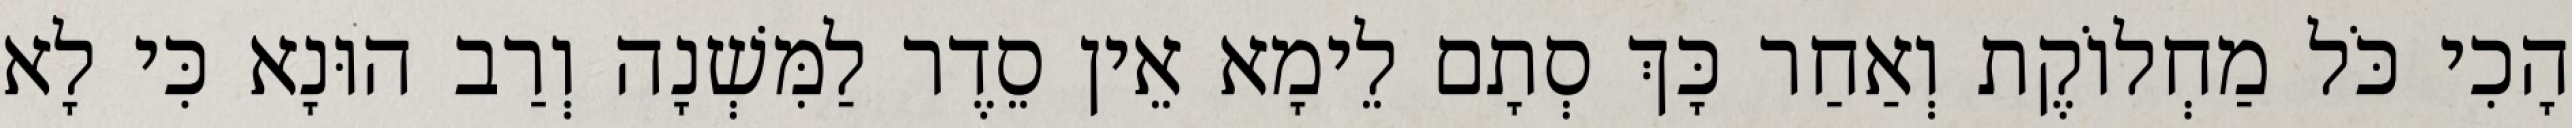
הָכִי כֹּל מַחְלוֹקֶת וְאַחַר כָּךְ סְתָם לֵימָא אֵין סֵדֶר לַמִּשְׁנָה וְרַב הוּנָא כִּי לָא